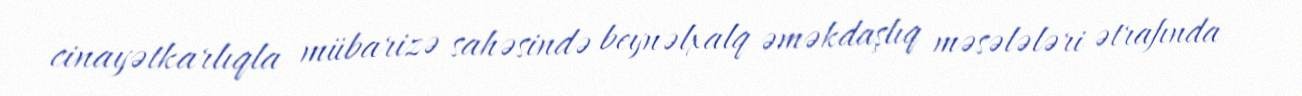
cinayətkarlıqla mübarizə sahəsində beynəlxalq əməkdaşlıq məsələləri ətrafında